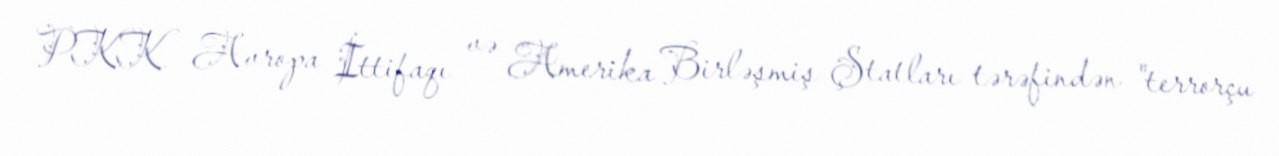
PKK Avropa İttifaqı və Amerika Birləşmiş Ştatları tərəfindən "terrorçu